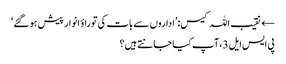
← نقیب اللہ کیس:’اداروں سے بات کی تو راؤ انوار پیش ہو گئے‘
پی ایس ایل 3، آپ کیا جانتے ہیں؟